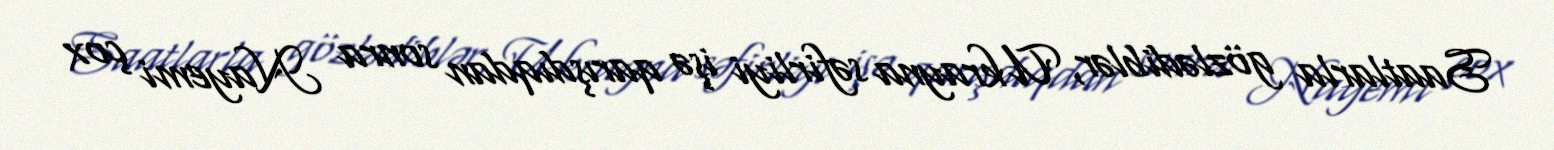
Saatlarla gözlədiblər, Ukrayna səfirliyi işə qarışdıqdan sonra Nayemi çox